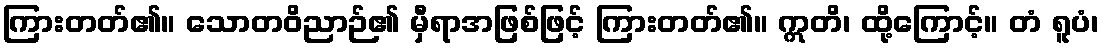
ကြားတတ်၏။ သောတဝိညာဉ်၏ မှီရာအဖြစ်ဖြင့် ကြားတတ်၏။ ဣတိ၊ ထို့ကြောင့်။ တံ ရူပံ၊